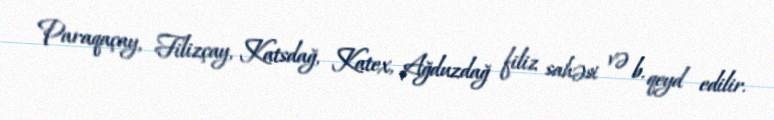
Paraqaçay, Filizçay, Katsdağ, Katex, Ağduzdağ filiz sahəsi və b. qeyd edilir.